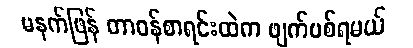
မနက်ဖြန် တာဝန်စာရင်းထဲက ဖျက်ပစ်ရမယ်